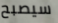
سيصبح